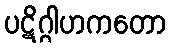
ပဋိဂ္ဂါဟကတော